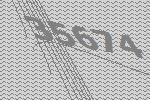
35674